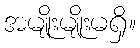
အမျိုးမျိုးမရှိ။